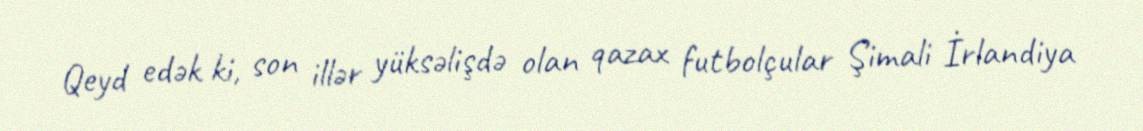
Qeyd edək ki, son illər yüksəlişdə olan qazax futbolçular Şimali İrlandiya